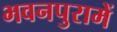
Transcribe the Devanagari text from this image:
भवनपुरामें